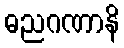
ဓညဂဏာနိ